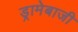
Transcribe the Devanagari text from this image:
ड्रामेबाजी